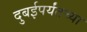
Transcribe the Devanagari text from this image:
दुबईपर्यंतच्या